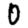
Digit: 0